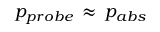
p _ { p r o b e } \, \approx \, p _ { a b s }